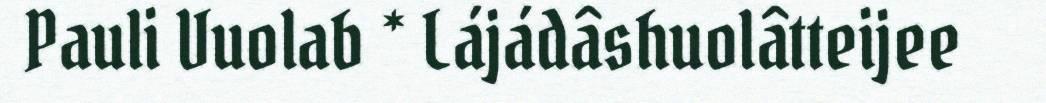
Pauli Vuolab * Lájádâshuolâtteijee